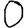
Digit: 0